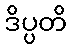
ဒိပ္ပတိ